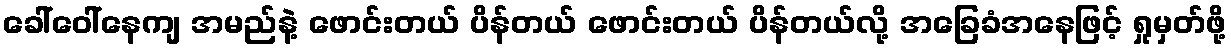
ခေါ်ဝေါ်နေကျ အမည်နဲ့ ဖောင်းတယ် ပိန်တယ် ဖောင်းတယ် ပိန်တယ်လို့ အခြေခံအနေဖြင့် ရှုမှတ်ဖို့